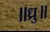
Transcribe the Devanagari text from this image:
॥ध्रु॥